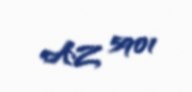
AZ 5901